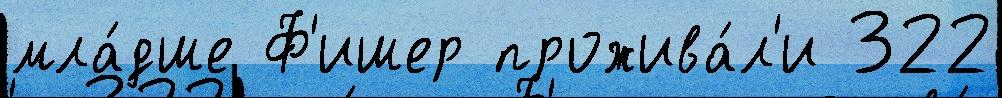
мла́дше Ф'ишер прожива́л'и 322